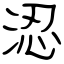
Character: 涊